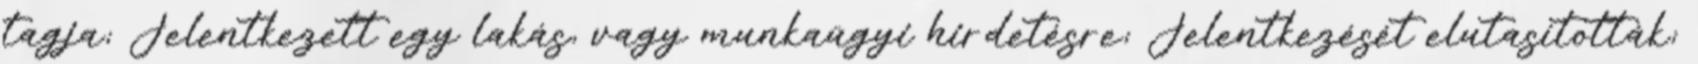
tagja; Jelentkezett egy lakás, vagy munkaügyi hirdetésre; Jelentkezését elutasították;